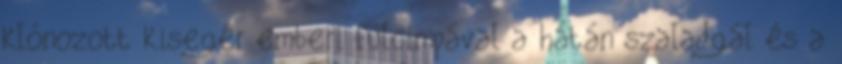
klónozott kisegér emberi fülcimpával a hátán szaladgál és a